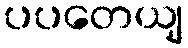
ပပတေယျ